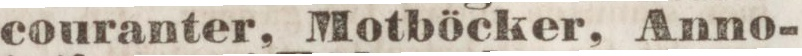
couranter, Motböcker, Anno-